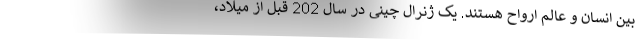
بین انسان و عالم ارواح هستند. یک ژنرال چینی در سال 202 قبل از میلاد،